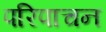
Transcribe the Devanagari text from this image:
परिपाचन